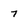
Character: 7